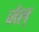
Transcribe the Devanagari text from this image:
जेल्